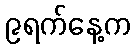
၉ရက်နေ့က